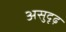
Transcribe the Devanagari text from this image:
असुदृढ़